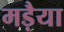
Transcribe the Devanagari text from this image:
मड़ैया